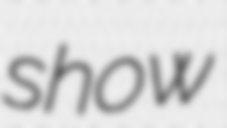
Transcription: show